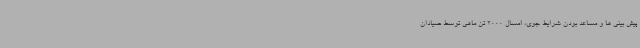
پیش بینی ها و مساعد بودن شرایط جوی، امسال 2000 تن ماهی توسط صیادان